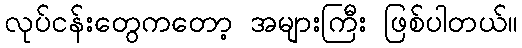
လုပ်ငန်းတွေကတော့ အများကြီး ဖြစ်ပါတယ်။